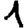
Digit: 1